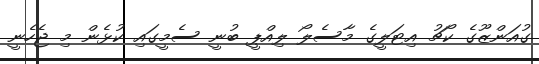
ގުއަންޒޫގެ ކޯޗު އިޓަލީގެ މާސެލޯ ލިއްޕީ ބުނީ ސެމީގައި ކުޅެން މި ޖެހެނީ